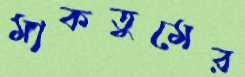
মাকতুমের